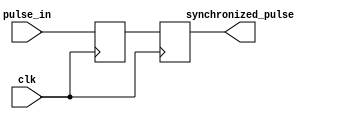
module PulseSynchronizer (
    input wire pulse_in,
    input wire clk,
    output reg synchronized_pulse
);

reg pulse_ff;

always @(posedge clk) begin
    pulse_ff <= pulse_in;
end

always @(posedge clk) begin
    synchronized_pulse <= pulse_ff;
end

endmodule